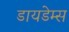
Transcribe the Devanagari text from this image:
डायडेम्स